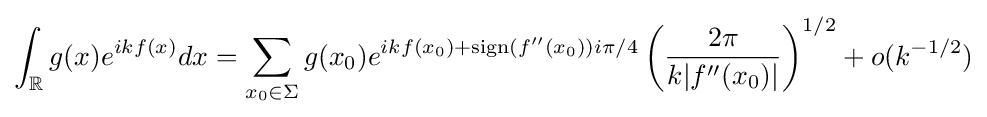
\int _{\mathbb {R} }g(x)e^{ikf(x)}dx=\sum _{x_{0}\in \Sigma }g(x_{0})e^{ikf(x_{0})+\mathrm {sign} (f''(x_{0}))i\pi /4}\left({\frac {2\pi }{k|f''(x_{0})|}}\right)^{1/2}+o(k^{-1/2})